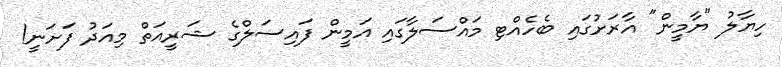
ހިޔާލު "ޔާމީން" އާރަށުގައި ބެހެއްޓި މައްސަލާގައި އަމީން ފައިސަލްގެ ޝަރީއަތް މިއަދު ފަށަނީ!